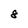
Character: 8